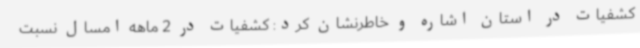
کشفیات در استان اشاره و خاطرنشان کرد: کشفیات در 2 ماهه امسال نسبت